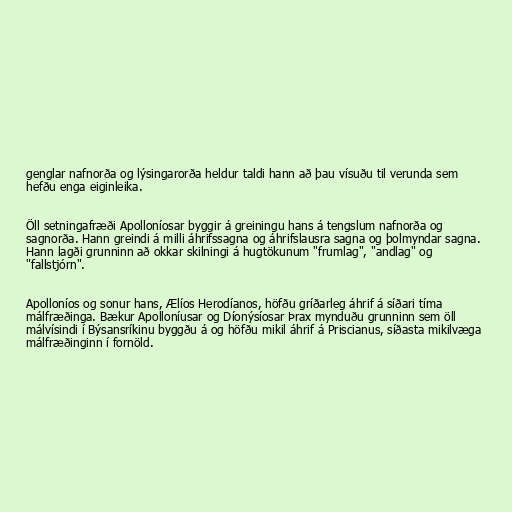
genglar nafnorða og lýsingarorða heldur taldi hann að þau vísuðu til verunda sem
hefðu enga eiginleika.

Öll setningafræði Apolloníosar byggir á greiningu hans á tengslum nafnorða og
sagnorða. Hann greindi á milli áhrifssagna og áhrifslausra sagna og þolmyndar sagna.
Hann lagði grunninn að okkar skilningi á hugtökunum "frumlag", "andlag" og
"fallstjórn".

Apolloníos og sonur hans, Ælíos Herodíanos, höfðu gríðarleg áhrif á síðari tíma
málfræðinga. Bækur Apolloníusar og Díonýsíosar Þrax mynduðu grunninn sem öll
málvísindi í Býsansríkinu byggðu á og höfðu mikil áhrif á Priscianus, síðasta mikilvæga
málfræðinginn í fornöld.